Civil Veterinary Dept. Assam report 1927-50 - 1927-1950
Year: 1927
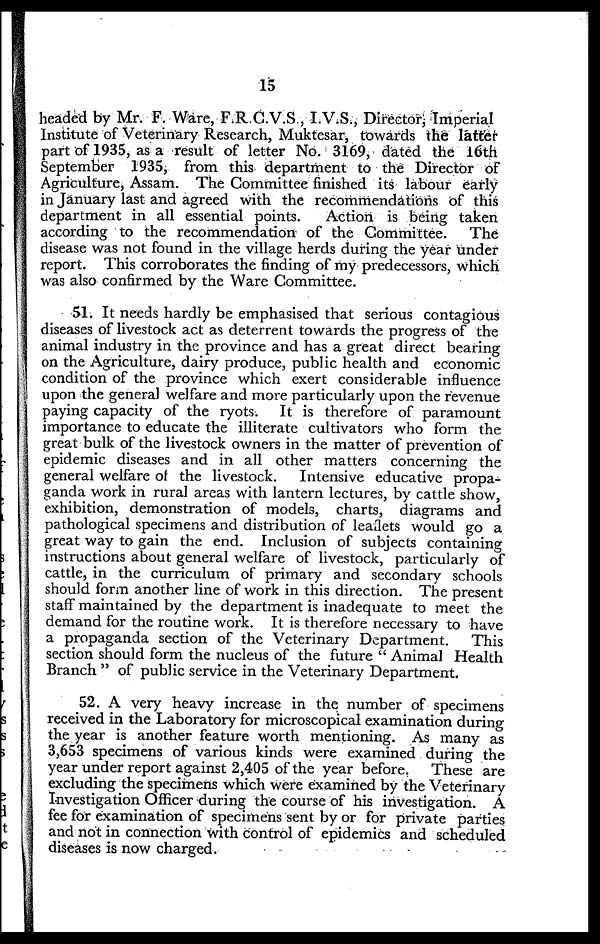
15
headed by Mr. F. Ware, F.R.C.V.S., I.V.S., Director, Imperial
Institute of Veterinary Research, Muktesar, towards the latter
part of 1935, as a result of letter No. 3169, dated the 16th
September 1935, from this department to the Director of
Agriculture, Assam. The Committee finished its labour early
in January last and agreed with the recommendations of this
department in all essential points.
Action is being taken
according to the recommendation of the Committee.
The
disease was not found in the village herds during the year under
report. This corroborates the finding of my predecessors, which
was also confirmed by the Ware Committee.
51. It needs hardly be emphasised that serious contagious
diseases of livestock act as deterrent towards the progress of the
animal industry in the province and has a great direct bearing
on the Agriculture, dairy produce, public health and economic
condition of the province which exert considerable influence
upon the general welfare and more particularly upon the revenue
paying capacity of the ryots. It is therefore of paramount
importance to educate the illiterate cultivators who form the
great bulk of the livestock owners in the matter of prevention of
epidemic diseases and in all other matters concerning the
general welfare of the livestock. Intensive educative propa-
ganda work in rural areas with lantern lectures, by cattle show,
exhibition, demonstration of models, charts, diagrams and
pathological specimens and distribution of leaflets would go a
great way to gain the end. Inclusion of subjects containing
instructions about general welfare of livestock, particularly of
cattle, in the curriculum of primary and secondary schools
should form another line of work in this direction. The present
staff maintained by the department is inadequate to meet the
demand for the routine work. It is therefore necessary to have
a propaganda section of the Veterinary Department.
This
section should form the nucleus of the future " Animal Health
Branch " of public service in the Veterinary Department.
52. A very heavy increase in the number of specimens
received in the Laboratory for microscopical examination during
the year is another feature worth mentioning. As many as
3,653 specimens of various kinds were examined during the
year under report against 2,405 of the year before. These are
excluding the specimens which were examined by the Veterinary
Investigation Officer during the course of his investigation. A
fee for examination of specimens sent by or for private parties
and not in connection with control of epidemics and scheduled
diseases is now charged.